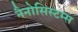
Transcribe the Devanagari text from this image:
नैनोसिस्टम्स